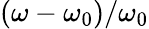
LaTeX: (\omega-\omega_{0})/\omega_{0}